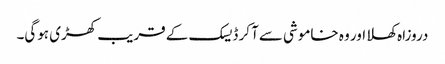
دروزاہ کھلا اور وہ خاموشی سےآ کر ڈیسک کے قریب کھڑی ہوگی۔